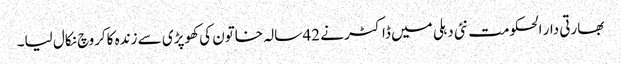
بھارتی دار الحکومت نئی دہلی میں ڈاکٹر نے 42 سالہ خاتون کی کھوپڑی سے زندہ کاکروچ نکال لیا۔